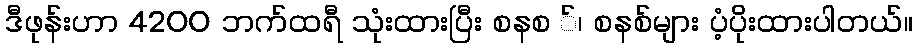
ဒီဖုန်းဟာ 4200 ဘက်ထရီ သုံးထားပြီး စနစ ်၊ စနစ်များ ပံ့ပိုးထားပါတယ်။